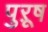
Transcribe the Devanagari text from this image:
पुऱूष